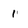
Character: 1